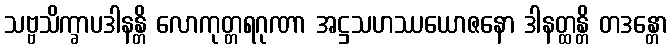
သဗ္ဗသိက္ခာပဒါနန္တိ လောကုတ္တရဂုဏာ အဋ္ဌသဟဿယောဇနော ဒါနတ္ထန္တိ တဒန္တော